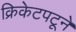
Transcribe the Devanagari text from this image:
क्रिकेटपटूने